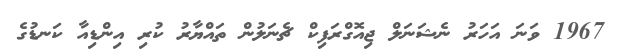
1967 ވަނަ އަހަރު ނެޝަނަލް ޖިއޮގްރަފިކް ޗެނަލުން ތައްޔާރު ކުރި އިންޑިއާ ކަނޑުގެ